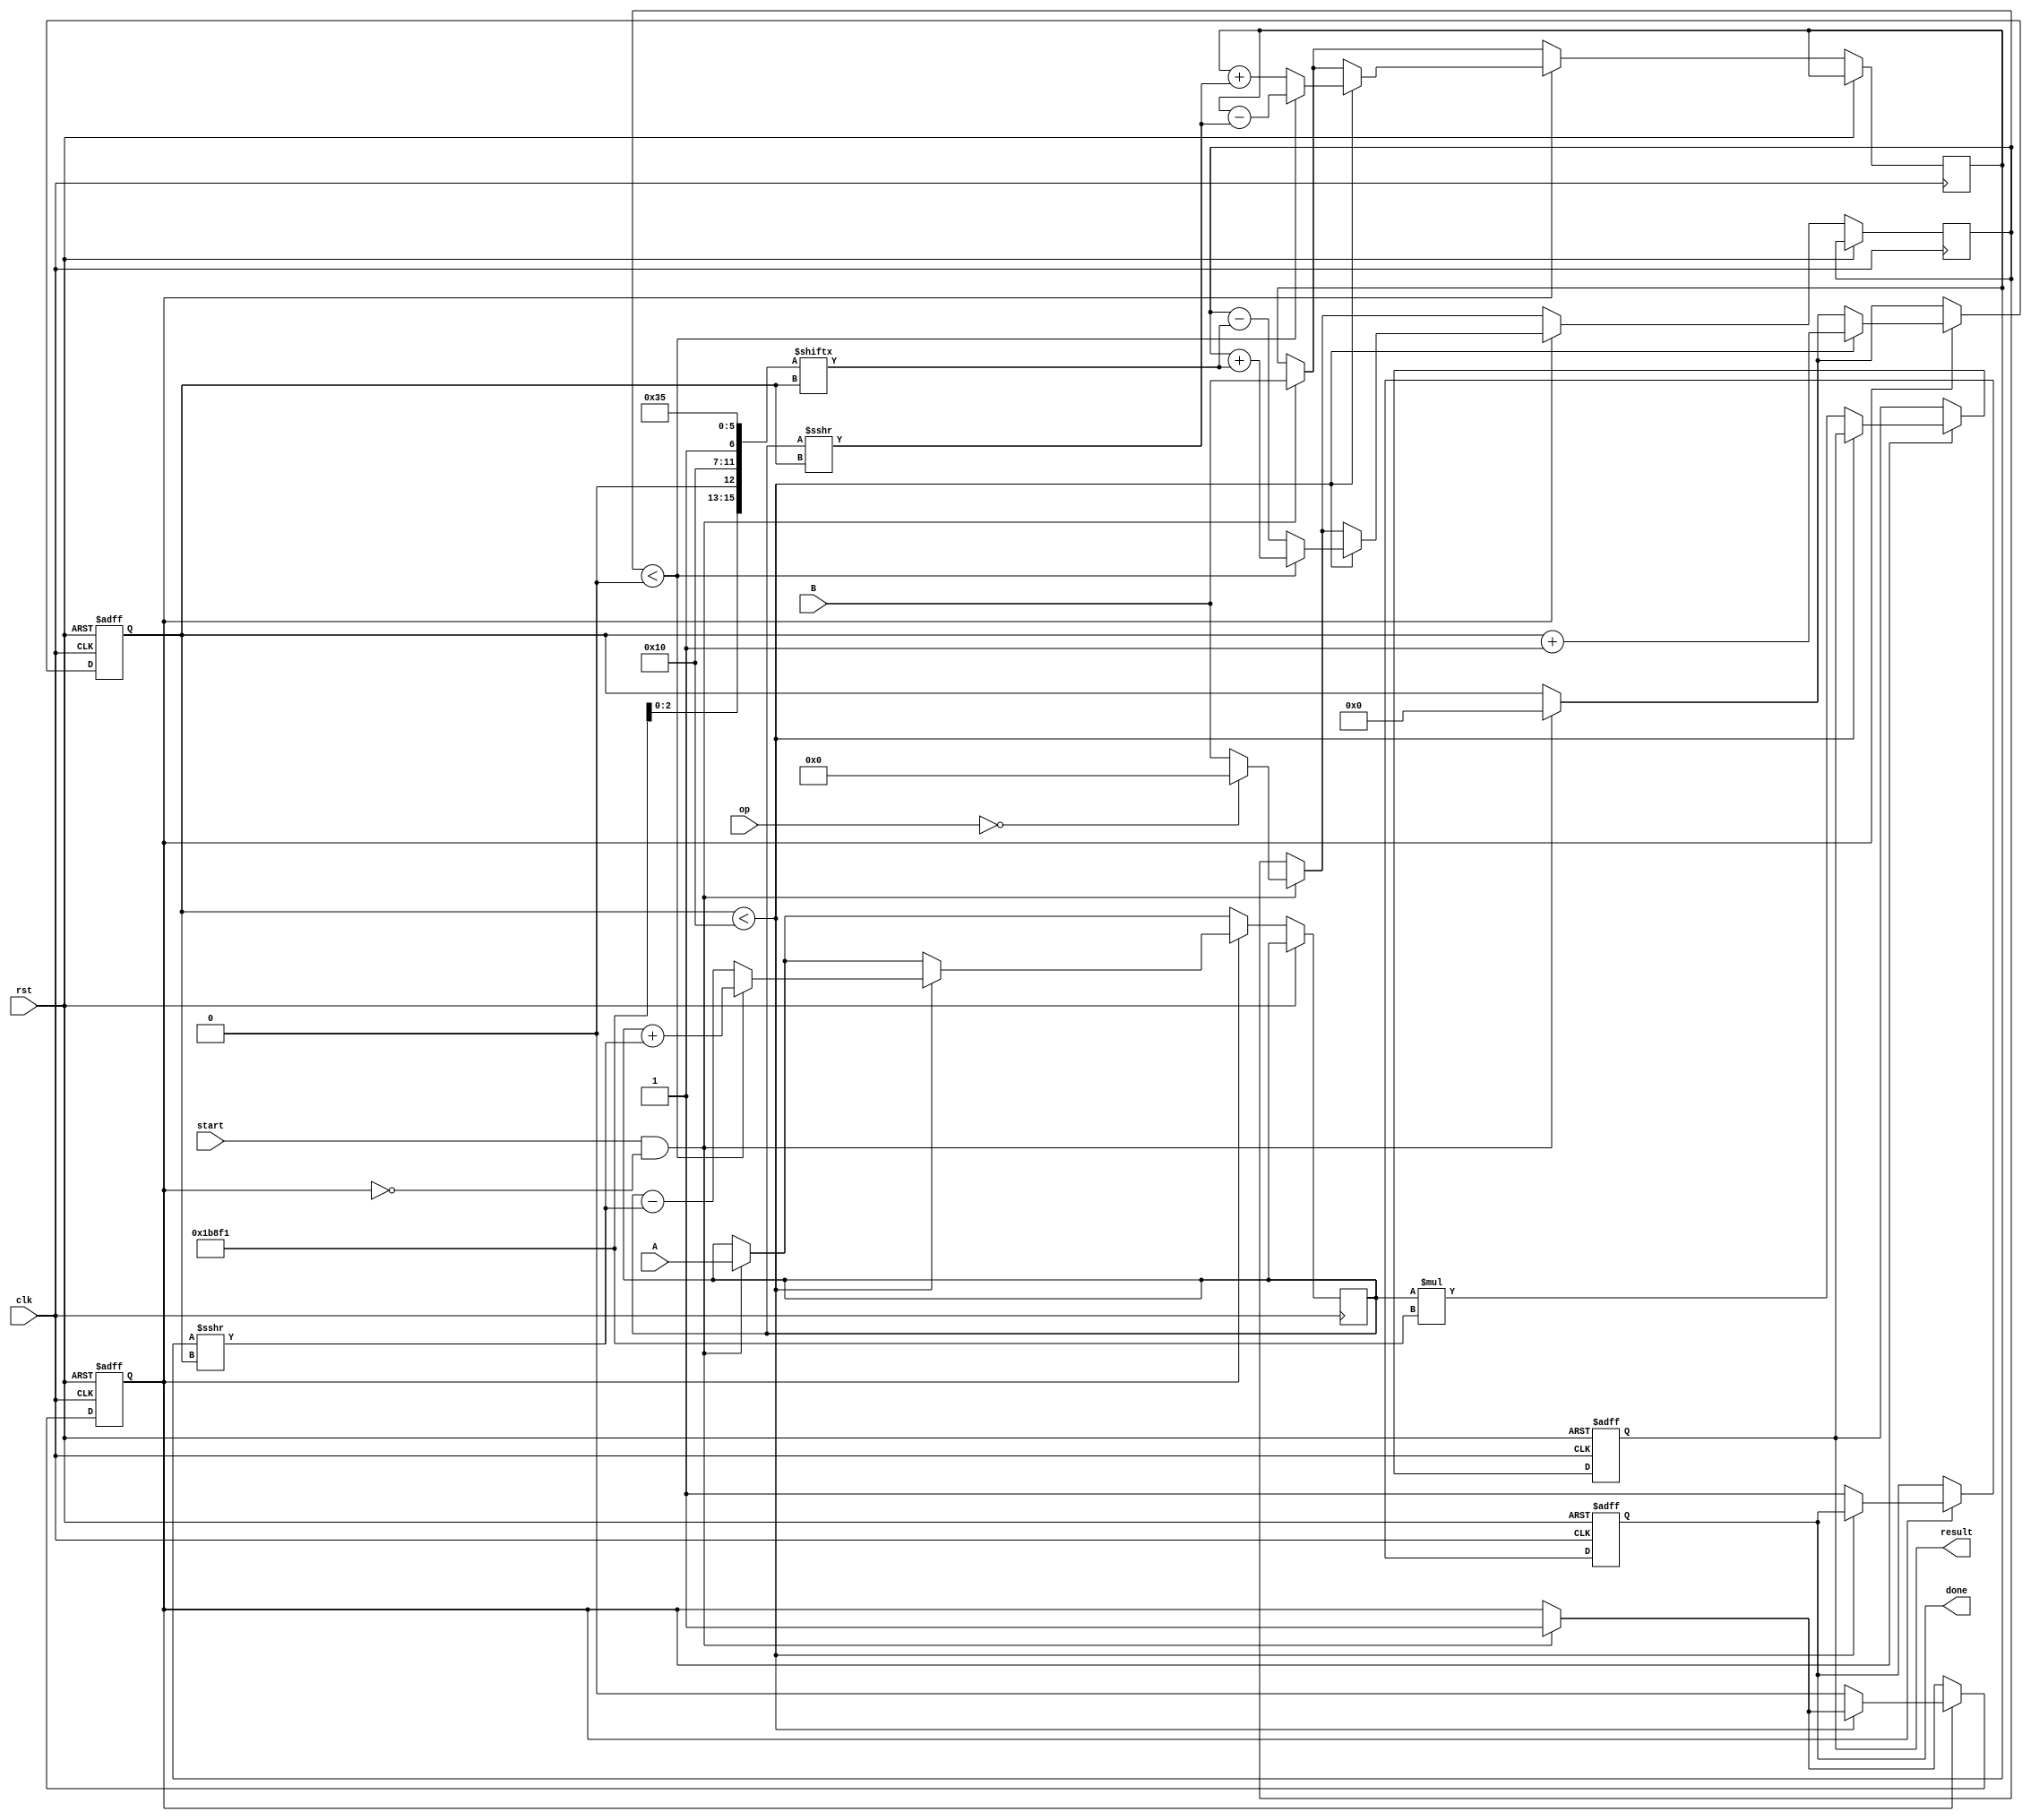
module cordic_fp (
    input wire clk,
    input wire rst,
    input wire [31:0] A,       // First operand (IEEE 754)
    input wire [31:0] B,       // Second operand (IEEE 754)
    input wire [2:0] op,       // Operation select (0: sin, 1: cos, 2: tan, etc.)
    input wire start,          // Start operation signal
    output reg [31:0] result,  // Result (IEEE 754)
    output reg done            // Done signal
);

// Internal parameters
parameter NUM_ITERATIONS = 16; // Number of CORDIC iterations
parameter CORDIC_K = 32'h1B8F1; // Scaling factor (example value)

// Internal signals
reg [31:0] x, y, z; // x, y, and z (angle) in float format
reg [NUM_ITERATIONS-1:0] angle_table; // Lookup table for arctangent values
reg [3:0] iteration; // Iteration counter
reg calculating; // Flag for calculating state

// Lookup table initialization for arctangent values (fixed-point)
initial begin
    angle_table[0] = 32'h3F199999; // atan(2^-0)
    angle_table[1] = 32'h3E8F1B8E; // atan(2^-1)
    angle_table[2] = 32'h3E0510B3; // atan(2^-2)
    angle_table[3] = 32'h3D7E4D12; // atan(2^-3)
    angle_table[4] = 32'h3D3C3D4D; // atan(2^-4)
    angle_table[5] = 32'h3CE3F8B1; // atan(2^-5)
    // Continue for required number of iterations...
end

// State Machine for operation control
always @(posedge clk or posedge rst) begin
    if (rst) begin
        iteration <= 0;
        done <= 0;
        calculating <= 0;
        result <= 0;
    end else begin
        if (start && !calculating) begin
            // Initialize x, y based on operation
            x <= A; // Example: A could be the magnitude
            y <= B; // Example: B could be the angle
            z <= (op == 0) ? 32'h00000000 : B; // Adjust z based on operation
            iteration <= 0;
            calculating <= 1;
        end
        
        if (calculating) begin
            if (iteration < NUM_ITERATIONS) begin
                // Perform CORDIC iteration
                if (z < 0) begin
                    // Rotate clockwise
                    x <= x + (y >>> iteration);
                    y <= y - (x >>> iteration);
                    z <= z + angle_table[iteration];
                end else begin
                    // Rotate counterclockwise
                    x <= x - (y >>> iteration);
                    y <= y + (x >>> iteration);
                    z <= z - angle_table[iteration];
                end
                iteration <= iteration + 1;
            end else begin
                // Final scaling adjustment
                result <= x * CORDIC_K; // Scale the result
                done <= 1;
                calculating <= 0;
            end
        end
    end
end

endmodule